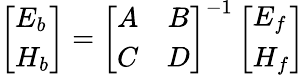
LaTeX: \left[\begin{array}{l}{E_{b}}\\ {H_{b}}\end{array}\right]=\left[\begin{array}{cc}{A}&{B}\\ {C}&{D}\end{array}\right]^{-1}\left[\begin{array}{l}{E_{f}}\\ {H_{f}}\end{array}\right]